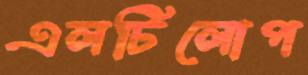
এলটিলোপ